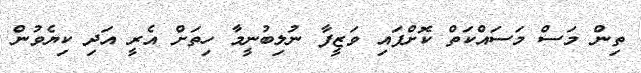
ތިން މަސް މަސައްކަތް ކޮށްފައި ވަޒީފާ ނުލިބުނީމާ ހިތަށް އެރީ އަދި ކިޔެވުން